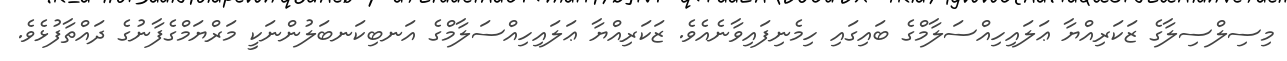
މިސިލްސިލާގެ ޒަކަރިއްޔާ ޢަލައިހިއްސަލާމްގެ ބައިގައި ހިމެނިފައިވާނެއެވެ. ޒަކަރިއްޔާ ޢަލައިހިއްސަލާމްގެ އަނބިކަނބަލުންނަކީ މަރްޔަމްގެފާނުގެ ދައްތާފުޅެވެ.